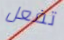
تفعل